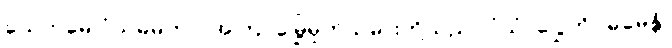
ယေဣမေ ဝံသဓမကာ၊ အကြင်မြွေမှုတ်သမားတို့သည်။ ဝံသံ၊ ပြွေကို။ ဓမေန္တိ၊